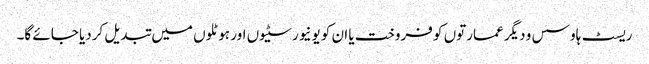
ریسٹ ہاوسس و دیگر عمارتوں کو فروخت یا ان کو یونیورسٹیوں اور ہوٹلوں میں تبدیل کردیا جائے گا۔